Malaria in the Punjab - Number 46
Disease focus: Malaria
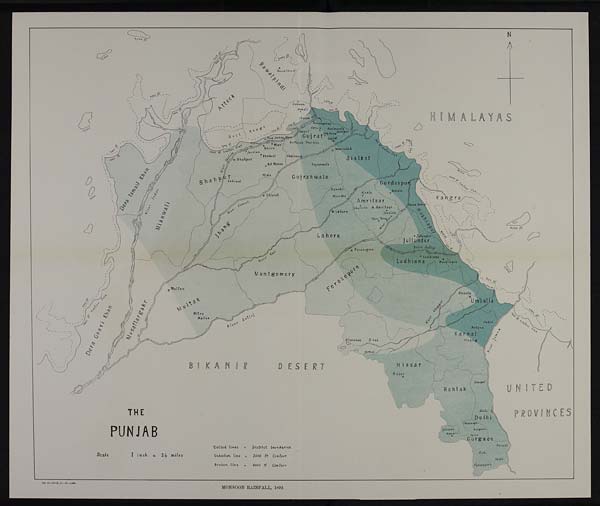
HIMALAYAS
B I K A N I R
UNITED
PROVINOVINCES
THE
PUNJAB
Scale
1 inch = 24 miles
Dotted tines
= District boundaries
Unbroken line = 1000 ft Contour
Broken Line
=
2000 ft Contour
MONSOON RAINFALL, 1892.